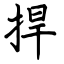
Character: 捍